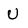
Character: u